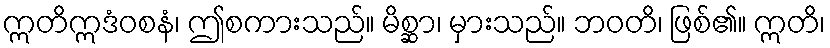
ဣတိဣဒံဝစနံ၊ ဤစကားသည်။ မိစ္ဆာ၊ မှားသည်။ ဘဝတိ၊ ဖြစ်၏။ ဣတိ၊